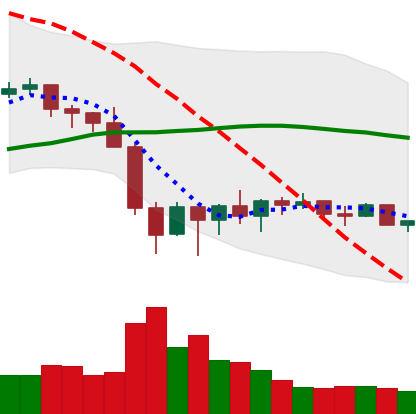
Ticker: BNB-USD
Chart end date: 2022-02-03
Forward return: 10.219%
Label: up_7plus